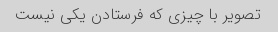
تصویر با چیزی که فرستادن یکی نیست